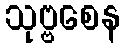
သုဗ္ဗစေန